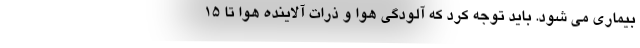
بیماری می شود. باید توجه کرد که آلودگی هوا و ذرات آلاینده هوا تا ۱۵